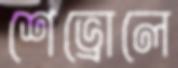
শেভ্রোলে